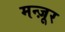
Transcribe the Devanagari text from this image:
मन्ज़ूर